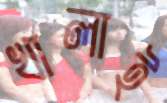
খালাই